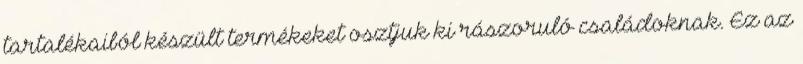
tartalékaiból készült termékeket osztjuk ki rászoruló családoknak. Ez az